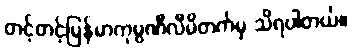
တင့်တင့်မြန်မာကုမ္ပဏီလီမိတက်မှ သိရပါတယ်။